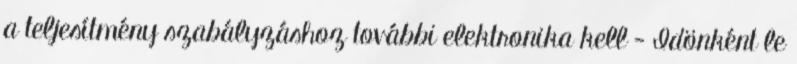
a teljesítmény szabályzáshoz további elektronika kell - Idönként le